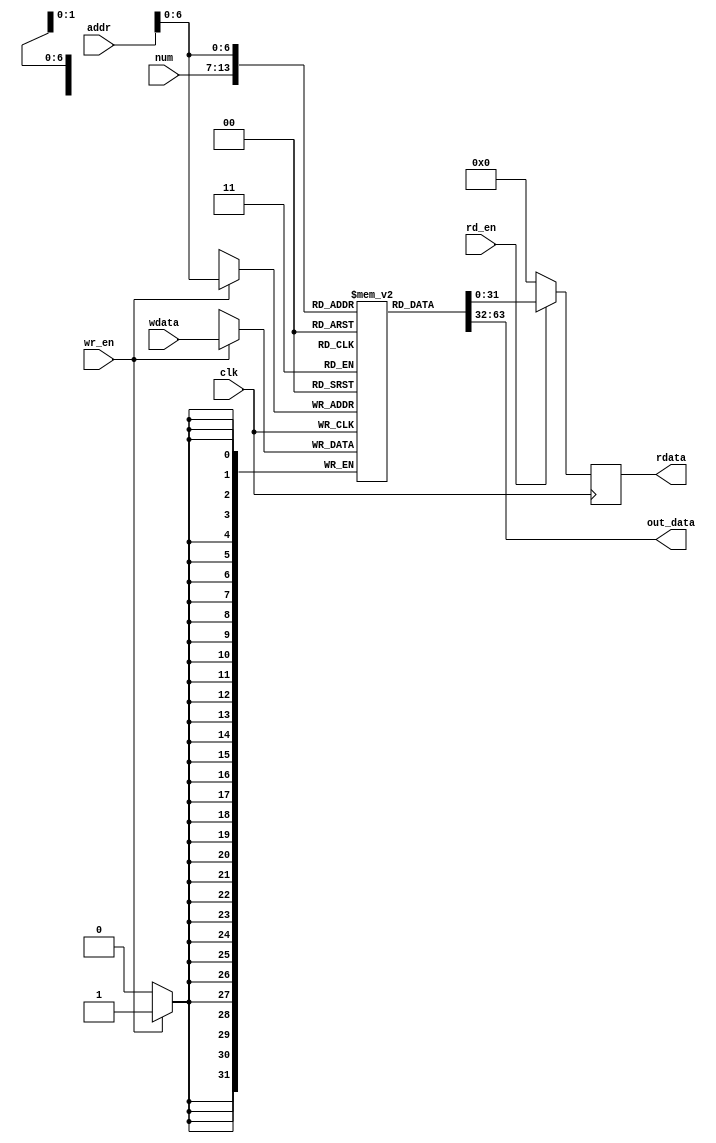
`timescale 1ns / 1ps
//////////////////////////////////////////////////////////////////////////////////
// Company: 
// Engineer: 
// 
// Design Name: 
// Module Name: mem
// Project Name: 
// Target Devices: 
// Tool Versions: 
// Description: 
// 
// Dependencies: 
// 
// Revision:
// Revision 0.01 - File Created
// Additional Comments:
// 
//////////////////////////////////////////////////////////////////////////////////


module mem
#(parameter MEM_SIZE = 512)
(
    input clk,
    input [15:0] addr,
    input rd_en,
    input wr_en,
    input [6:0] num,
    output [31:0] out_data,
    output reg [31:0] rdata,
    input [31:0] wdata
    );
    
    reg [31:0] memData [64:1];

    assign out_data = memData[num];

    always@(posedge clk)begin
     begin
            if(wr_en) memData[addr] <= wdata;
            if(rd_en)  rdata <=  memData[addr];
            else rdata<= 32'd0; 
        end
    end

endmodule